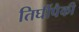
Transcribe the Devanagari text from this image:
तिघींपैकी